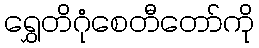
ရွှေတိဂုံစေတီတော်ကို